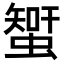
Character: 𧐉